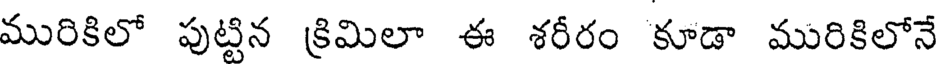
మురికిలో పుట్టిన క్రిమిలా ఈ శరీరం కూడా మురికిలోనే